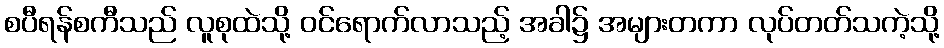
စပီရန်စကီသည် လူစုထဲသို့ ဝင်ရောက်လာသည့် အခါ၌ အများတကာ လုပ်တတ်သကဲ့သို့